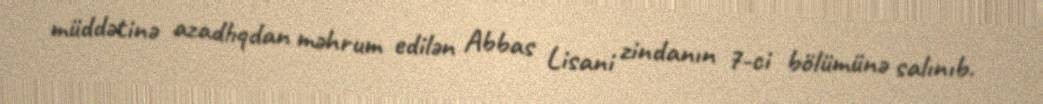
müddətinə azadlıqdan məhrum edilən Abbas Lisani zindanın 7-ci bölümünə salınıb.